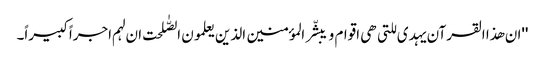
''ان ھذا القرآن یہدی للتی ھی اقوام و یبشّر المؤمنین الذین یعلمون الصّٰلحت ان لہم اجراً کبیراً۔